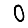
Digit: 0